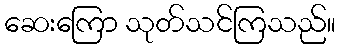
ဆေးကြော သုတ်သင်ကြသည်။